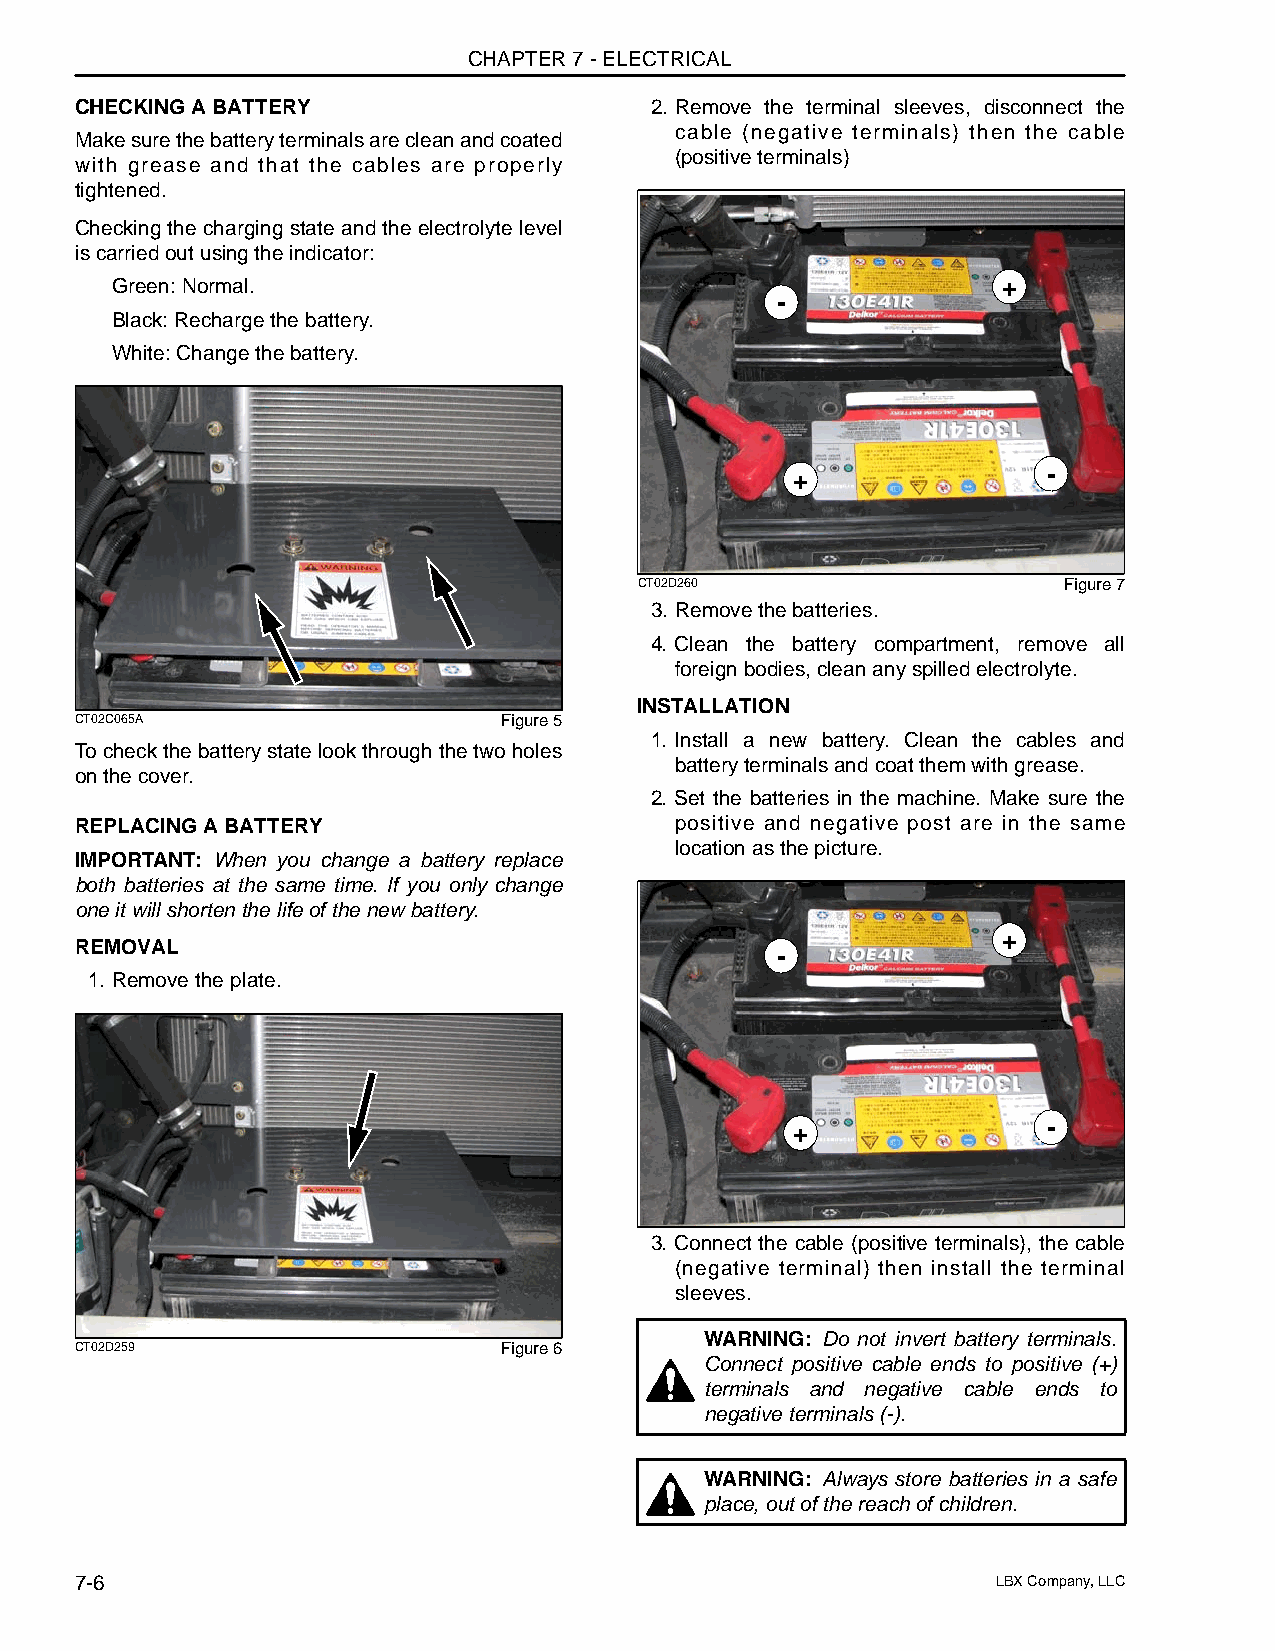
CHAPTER 7 - ELECTRICAL
 CHECKING A BATTERY                    2. Remove the terminal sleeves, disconnect the
 cable (negative terminals) then the cable
 Make sure the battery terminals are clean and coated
 (positive terminals)
 with grease and that the cables are properly
 tightened.
 Checking the charging state and the electrolyte level
 is carried out using the indicator:
 Green: Normal.                                             +
 -
 Black: Recharge the battery.
 White: Change the battery.
 +               -
 CT02D260                    Figure 7
 3. Remove the batteries.
 4. Clean the battery compartment, remove all
 foreign bodies, clean any spilled electrolyte.
 INSTALLATION
 CT02C065A                   Figure 5
 1. Install a new battery. Clean the cables and
 To check the battery state look through the two holes
 battery terminals and coat them with grease.
 on the cover.
 2. Set the batteries in the machine. Make sure the
 REPLACING A BATTERY                     positive and negative post are in the same
 location as the picture.
 IMPORTANT: When you change a battery replace
 both batteries at the same time. If you only change
 one it will shorten the life of the new battery.
 +
 REMOVAL
 -
 1. Remove the plate.
 +               -
 3. Connect the cable (positive terminals), the cable
 (negative terminal) then install the terminal
 sleeves.
 WARNING: Do not invert battery terminals.
 CT02D259                    Figure 6
 Connect positive cable ends to positive (+)
 terminals and negative cable ends to
 negative terminals (-).
 WARNING: Always store batteries in a safe
 place, out of the reach of children.
 7-6                                                          LBX Company, LLC